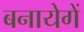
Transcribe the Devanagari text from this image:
बनायेगें